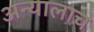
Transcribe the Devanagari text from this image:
अन्यालाच